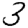
Digit: 3